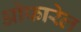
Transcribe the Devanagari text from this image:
ओफारेल